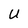
Character: U